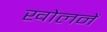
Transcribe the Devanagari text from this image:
खोलनें